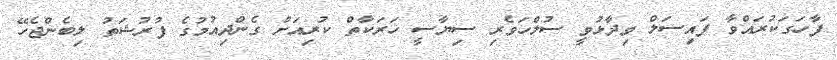
ފާހަގަކުރައްވާ ފައިސަލް ވިދާޅުވީ ސުލްހަވެރި ސިޔާސީ ހަރަކާތް ކުރިއަށް ގެންދިއުމުގެ ފުރުޝަތު ލިބެންޖެހޭ